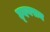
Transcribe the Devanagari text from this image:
ह्दयराम